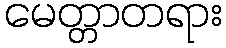
မေတ္တာတရား